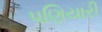
પણિયારી